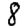
Digit: 8